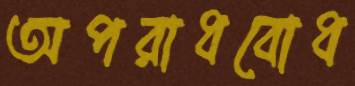
অপরাধবোধ